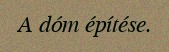
A dóm építése.